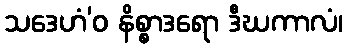
သဒေဟံ’ဝ နိစ္စာဒရော ဒီဃကာလံ၊